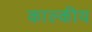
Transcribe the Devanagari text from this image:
काल्कीय